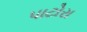
પાટોરા